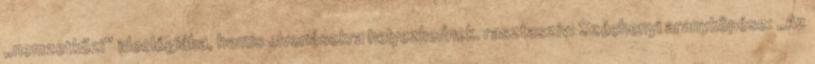
„nemzetközi” ideológiába, hamis elvonásokra helyezkednek. rasztaszív: Széchenyi aranyköpése: „Az